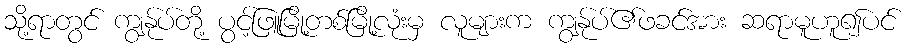
သို့ရာတွင် ကျွန်ုပ်တို့ ပွင့်ဖြူမြို့တစ်မြို့လုံးမှ လူများက ကျွန်ုပ်၏ဖခင်အား ဆရာမူဟူ၍ပင်